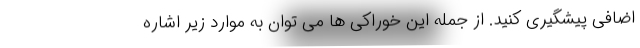
اضافی پیشگیری کنید. از جمله این خوراکی ها می توان به موارد زیر اشاره